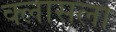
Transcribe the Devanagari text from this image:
क्लासला